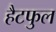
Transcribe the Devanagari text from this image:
हैटफुल